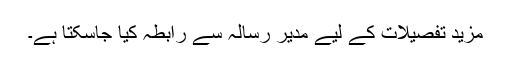
مزید تفصیلات کے لیے مدیر رسالہ سے رابطہ کیا جاسکتا ہے۔